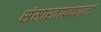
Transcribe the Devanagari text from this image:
संसारतापदघानां